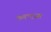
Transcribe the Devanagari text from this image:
कराएजा